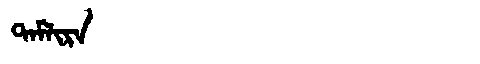
Manchu: ᡨᠠᠮᠯᡳᡵᠠ
Romanization: TAMLIRA